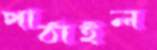
পাঠাইল